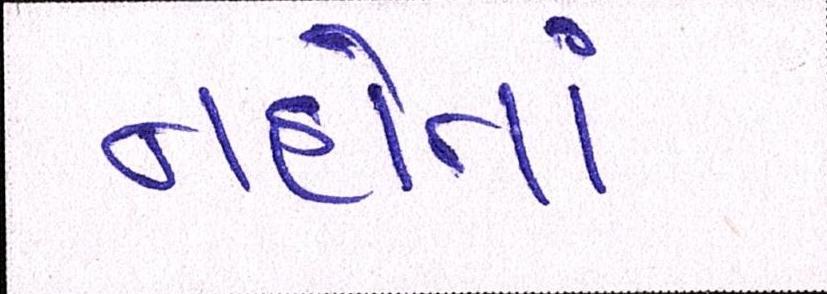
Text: નહોતાં